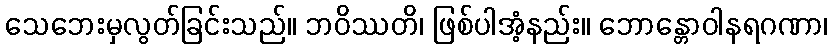
သေဘေးမှလွတ်ခြင်းသည်။ ဘဝိဿတိ၊ ဖြစ်ပါအံ့နည်း။ ဘောန္တောဝါနရဂဏာ၊